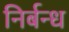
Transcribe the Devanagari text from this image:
निर्बन्ध